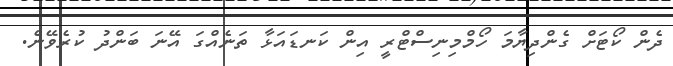
ދެން ކޯޓަށް ގެންދިޔާމަ ހޯމްމިނިސްޓްރީ އިން ކަނޑައަޅާ ތަނެއްގަ އޭނަ ބަންދު ކުރެވޭނެ.